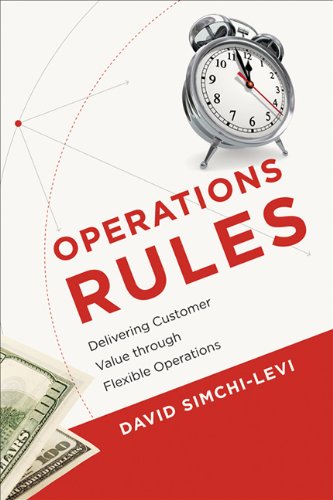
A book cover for Operations Rules: Delivering Customer Value through Flexible Operations; David Simchi-Levi; Business & Money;